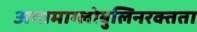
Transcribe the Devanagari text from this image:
अगामाग्लोबुलिनरक्तता